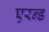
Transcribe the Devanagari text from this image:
एरन्ड